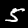
Label: 5